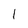
Character: 1